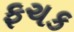
ફચક